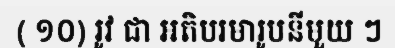
( ១០) រូវ ជា អតិបរមារូបនីមួយ ៗ